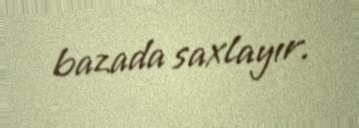
bazada saxlayır.